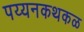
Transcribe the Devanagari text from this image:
पय्यनकथकळ